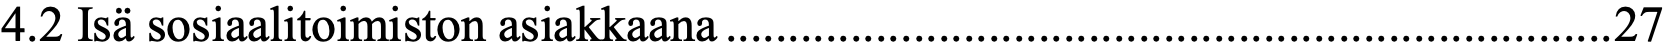
4.2 Isä sosiaalitoimiston asiakkaana ....................................................................... 27